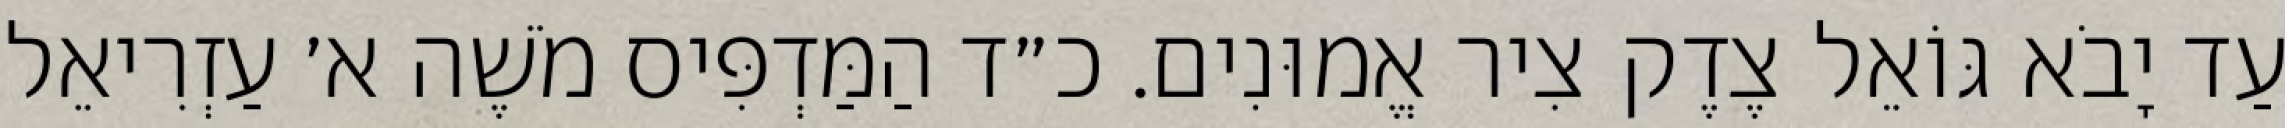
עַד יָבֹא גּוֹאֵל צֶדֶק צִיר אֱמוּנִים. כ״ד הַמַּדְפִּיס מֹשֶׁה א׳ עַזְרִיאֵל